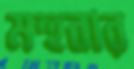
মহুবার